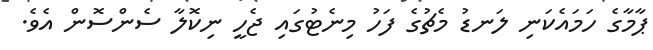
ޕާމާގެ ހަމައެކަނި ލަނޑު މެޗުގެ ފަހު މިނެޓުގައި ޖެހީ ނިކޮލާ ސެންސޮން އެވެ.